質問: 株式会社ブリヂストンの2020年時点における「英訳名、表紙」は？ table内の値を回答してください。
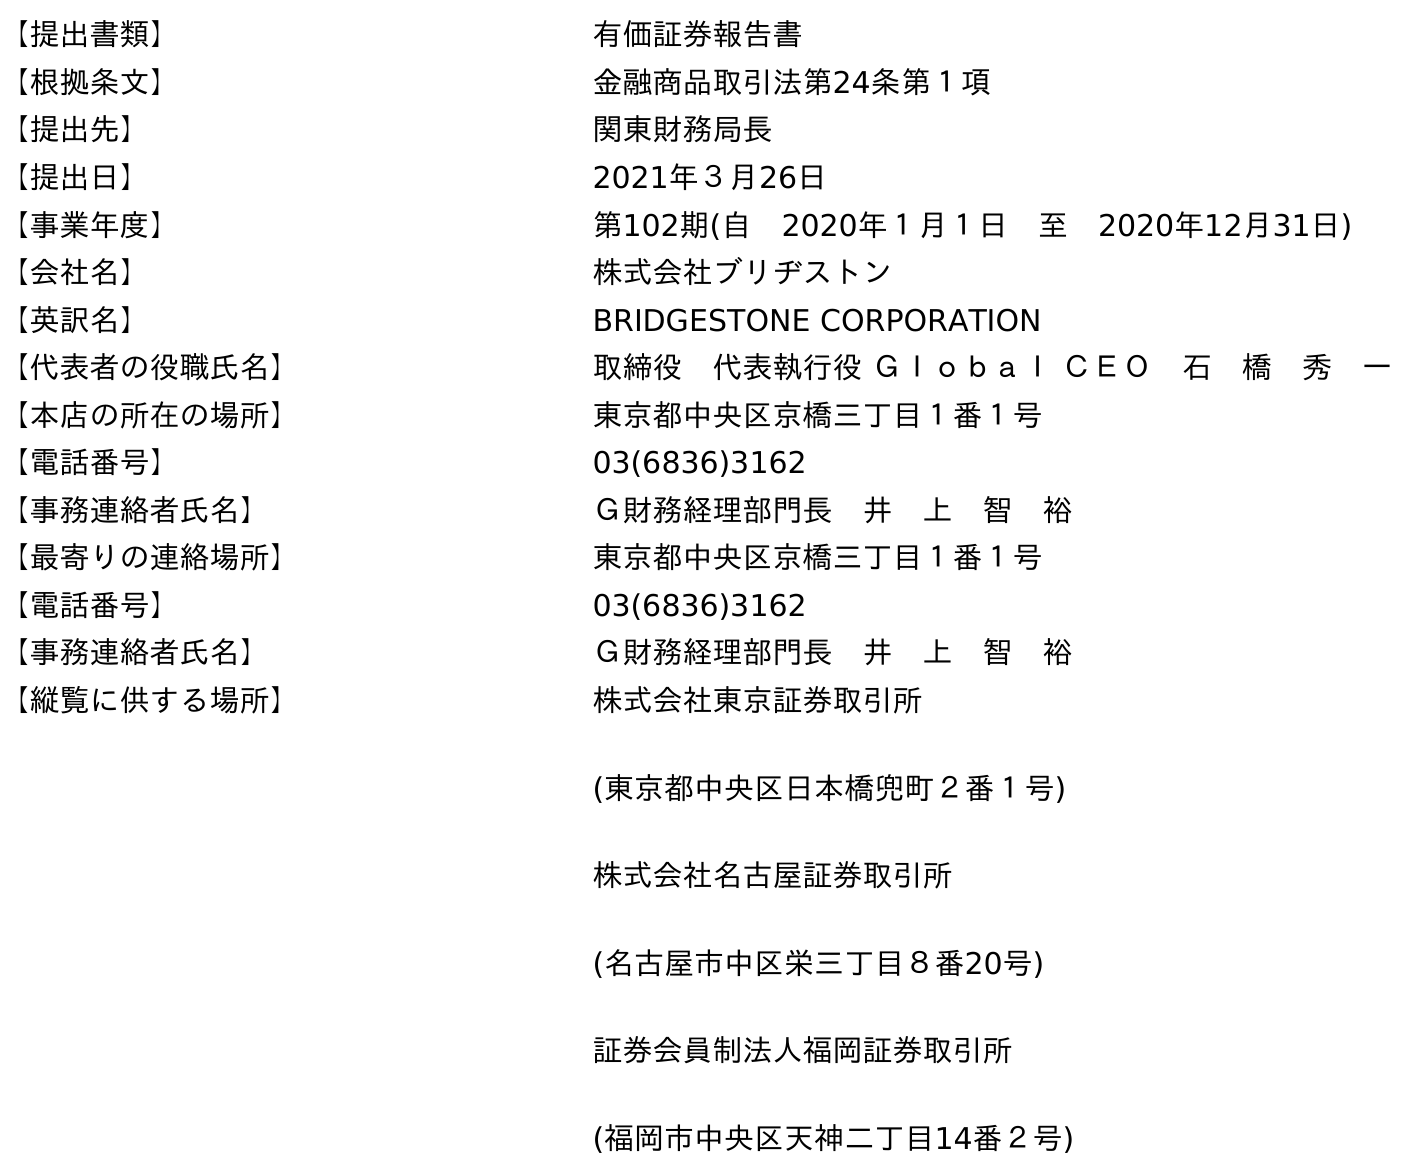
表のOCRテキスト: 【提出書類】 有価証券報告書 【根拠条文】 金融商品取引法第24条第１項 【提出先】 関東財務局長 【提出日】 2021年３月26日 【事業年度】 第102期(自 2020年１月１日 至 2020年12月31日) 【会社名】 株式会社ブリヂストン 【英訳名】 BRIDGESTONE CORPORATION 【代表者の役職氏名】 取締役 代表執行役 Ｇｌｏｂａｌ ＣＥＯ 石 橋 秀 一 【本店の所在の場所】 東京都中央区京橋三丁目１番１号 【電話番号】 03(6836)3162 【事務連絡者氏名】 Ｇ財務経理部門長 井 上 智 裕 【最寄りの連絡場所】 東京都中央区京橋三丁目１番１号 【電話番号】 03(6836)3162 【事務連絡者氏名】 Ｇ財務経理部門長 井 上 智 裕 【縦覧に供する場所】 株式会社東京証券取引所 (東京都中央区日本橋兜町２番１号) 株式会社名古屋証券取引所 (名古屋市中区栄三丁目８番20号) 証券会員制法人福岡証券取引所 (福岡市中央区天神二丁目14番２号)
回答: BRIDGESTONE CORPORATION